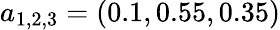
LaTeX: a_{1,2,3}=(0.1,0.55,0.35)